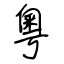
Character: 粵